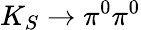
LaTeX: K_{S}\to\pi^{0}\pi^{0}